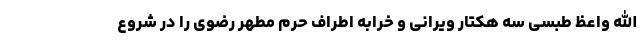
الله واعظ طبسی سه هکتار ویرانی و خرابه اطراف حرم مطهر رضوی را در شروع